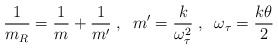
\begin{align*}\frac{1}{m_R}=\frac{1}{m}+\frac{1}{m'}\;,\;\;m'=\frac{k}{\omega_{\tau}^2}\;,\;\;\omega_{\tau}=\frac{k\theta}{2}\end{align*}